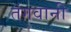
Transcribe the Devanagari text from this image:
तंगवानी